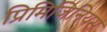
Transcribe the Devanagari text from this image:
प्रिमिजिनियस